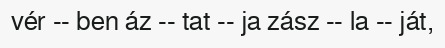
vér -- ben áz -- tat -- ja zász -- la -- ját,